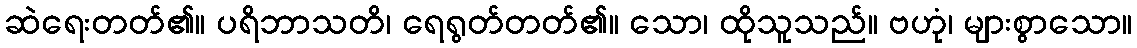
ဆဲရေးတတ်၏။ ပရိဘာသတိ၊ ရေရွတ်တတ်၏။ သော၊ ထိုသူသည်။ ဗဟုံ၊ များစွာသော။